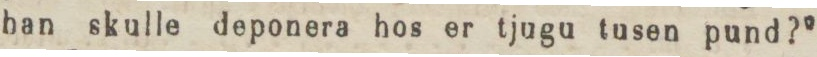
han skulle deponera hos er tjugu tusen pund?”